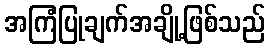
အကြံပြုချက်အချို့ဖြစ်သည်